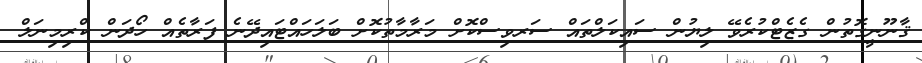
ޤާނޫނީގޮތުން ގެޒެޓްކުރެވޭ ލިޔުން ސައިކަލްތައް ސަރވިސްކޮށް މަރާމާތުކޮށް ބަލަހައްޓައިދޭނެ ފަރާތެއް ހޯދަން ކްރިމިނަލް